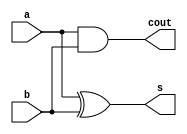
// Half Adder
// Created by Nitheesh Kumar - Aug 02 2020

module half_adder (
	input a,b,
	output s,cout);

assign s = a ^ b;
assign cout = a & b;

endmodule